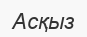
Асқыз